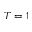
T = 1